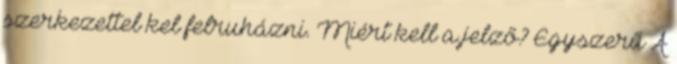
szerkezettel kel felruházni. Miért kell a jelző? Egyszerű A